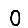
Digit: 0